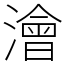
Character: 澮